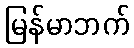
မြန်မာဘက်